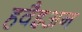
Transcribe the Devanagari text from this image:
हवैइअन